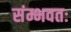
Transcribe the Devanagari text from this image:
संम्भवतः